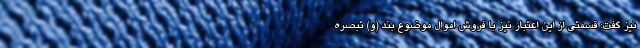
نیز گفت: قسمتی از این اعتبار نیز با فروش اموال موضوع بند (و) تبصره